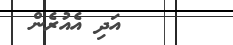
އަދި އެއުރެން